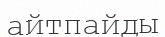
айтпайды